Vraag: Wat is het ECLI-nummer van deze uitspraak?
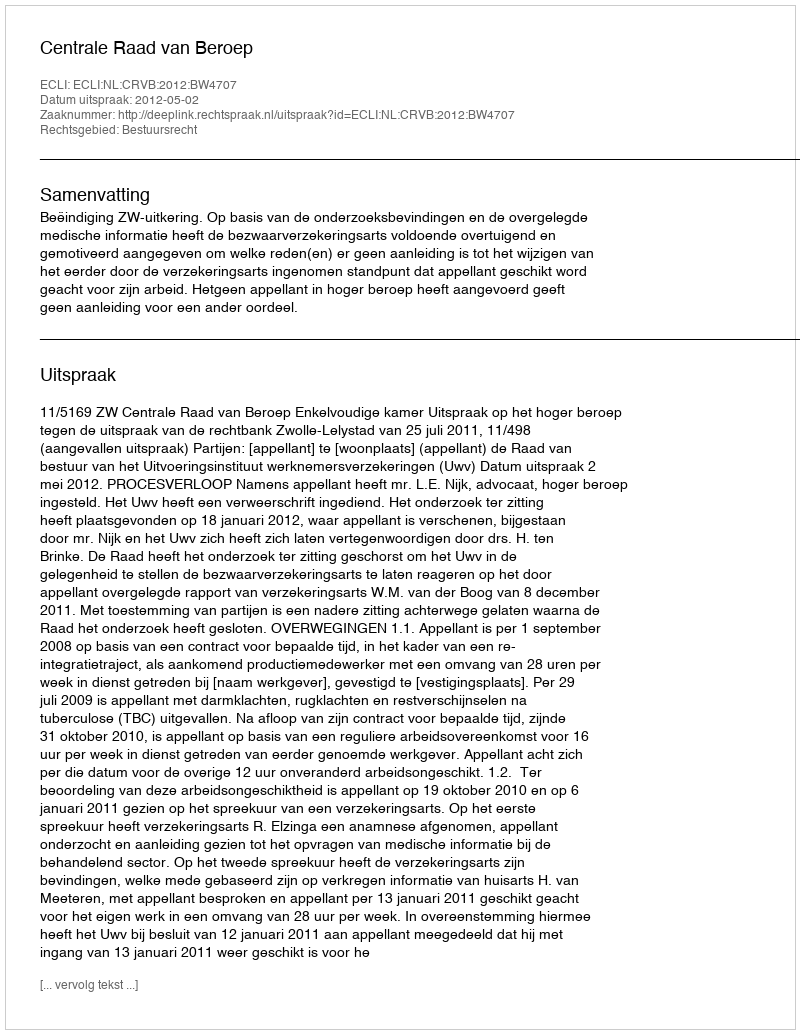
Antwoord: ECLI:NL:CRVB:2012:BW4707